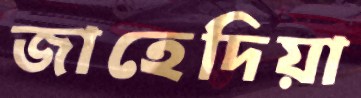
জাহেদিয়া